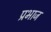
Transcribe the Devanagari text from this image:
प्रभाज